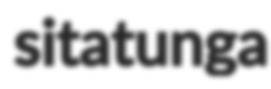
sitatunga